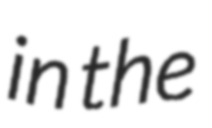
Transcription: in the